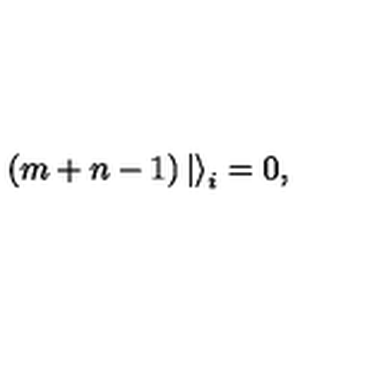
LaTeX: ( m + n - 1 ) \left| \right> _ { i } = 0 ,